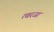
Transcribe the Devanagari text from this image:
त्वरजा